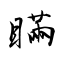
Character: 瞞